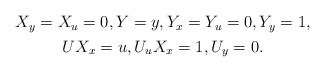
\begin{align*}\begin{gathered}X_y=X_u=0,Y=y,Y_x=Y_u=0,Y_y=1,\\U X_x = u,U_uX_x=1,U_y=0.\end{gathered}\end{align*}